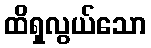
ထိရှလွယ်သော